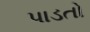
પાડતો